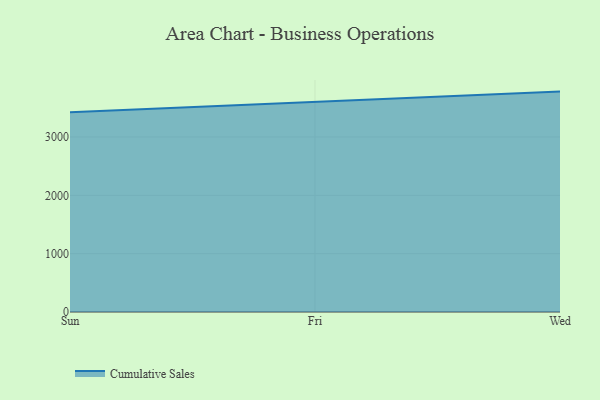
{"axis": {"x": "Day", "y": "Demand Index"}, "legend": ["Cumulative Sales"], "data": [{"x": "Sun", "y": 3424.2, "type": "Cumulative Sales"}, {"x": "Fri", "y": 3599.6, "type": "Cumulative Sales"}, {"x": "Wed", "y": 3778.5, "type": "Cumulative Sales"}]}